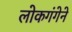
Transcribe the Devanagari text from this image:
लोकगंगेने